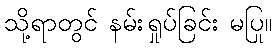
သို့ရာတွင် နမ်းရှုပ်ခြင်း မပြု။